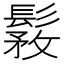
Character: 𩭾